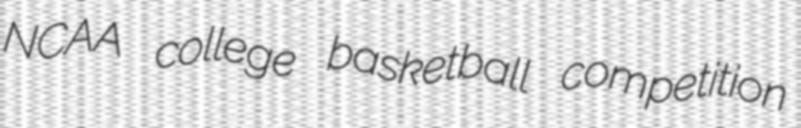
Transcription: NCAA college basketball competition